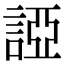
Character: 䛩